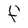
Character: f